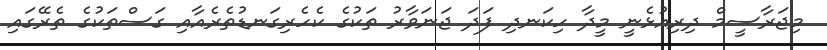
މިޖަރާސީމް ދިރިއުޅެނީ މީދާ ހިކަނދި ފަދަ ޖަނަވާރު ތަކުގެ ކެހެރިގަނޑުތެރެއާއި ގަސްތަކުގެ ތެރޭގައި